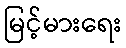
မြင့်မားရေး